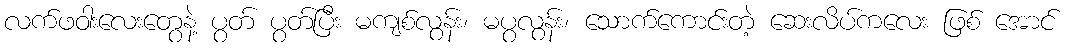
လက်ဖဝါးလေးတွေနဲ့ ပွတ် ပွတ်ပြီး မကျစ်လွန်း၊ မပွလွန်း၊ သောက်ကောင်းတဲ့ ဆေးလိပ်ကလေး ဖြစ် အောင်